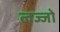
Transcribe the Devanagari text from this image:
त्वज्जो